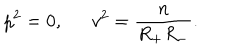
p ^ { 2 } = 0 , \, \, \, \quad v ^ { 2 } = \frac n { R _ { + } R _ { - } } .